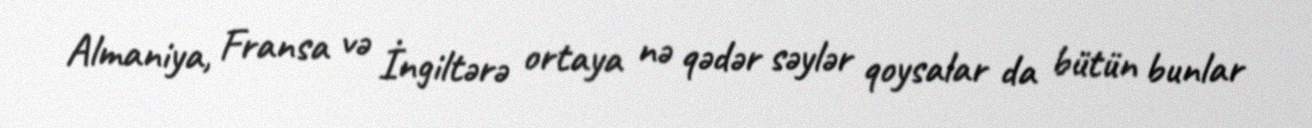
Almaniya, Fransa və İngiltərə ortaya nə qədər səylər qoysalar da bütün bunlar